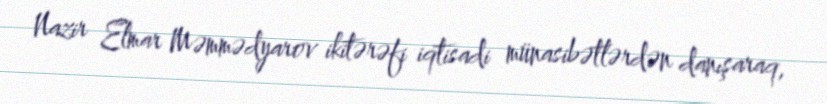
Nazir Elmar Məmmədyarov ikitərəfi iqtisadi münasibətlərdən danışaraq,